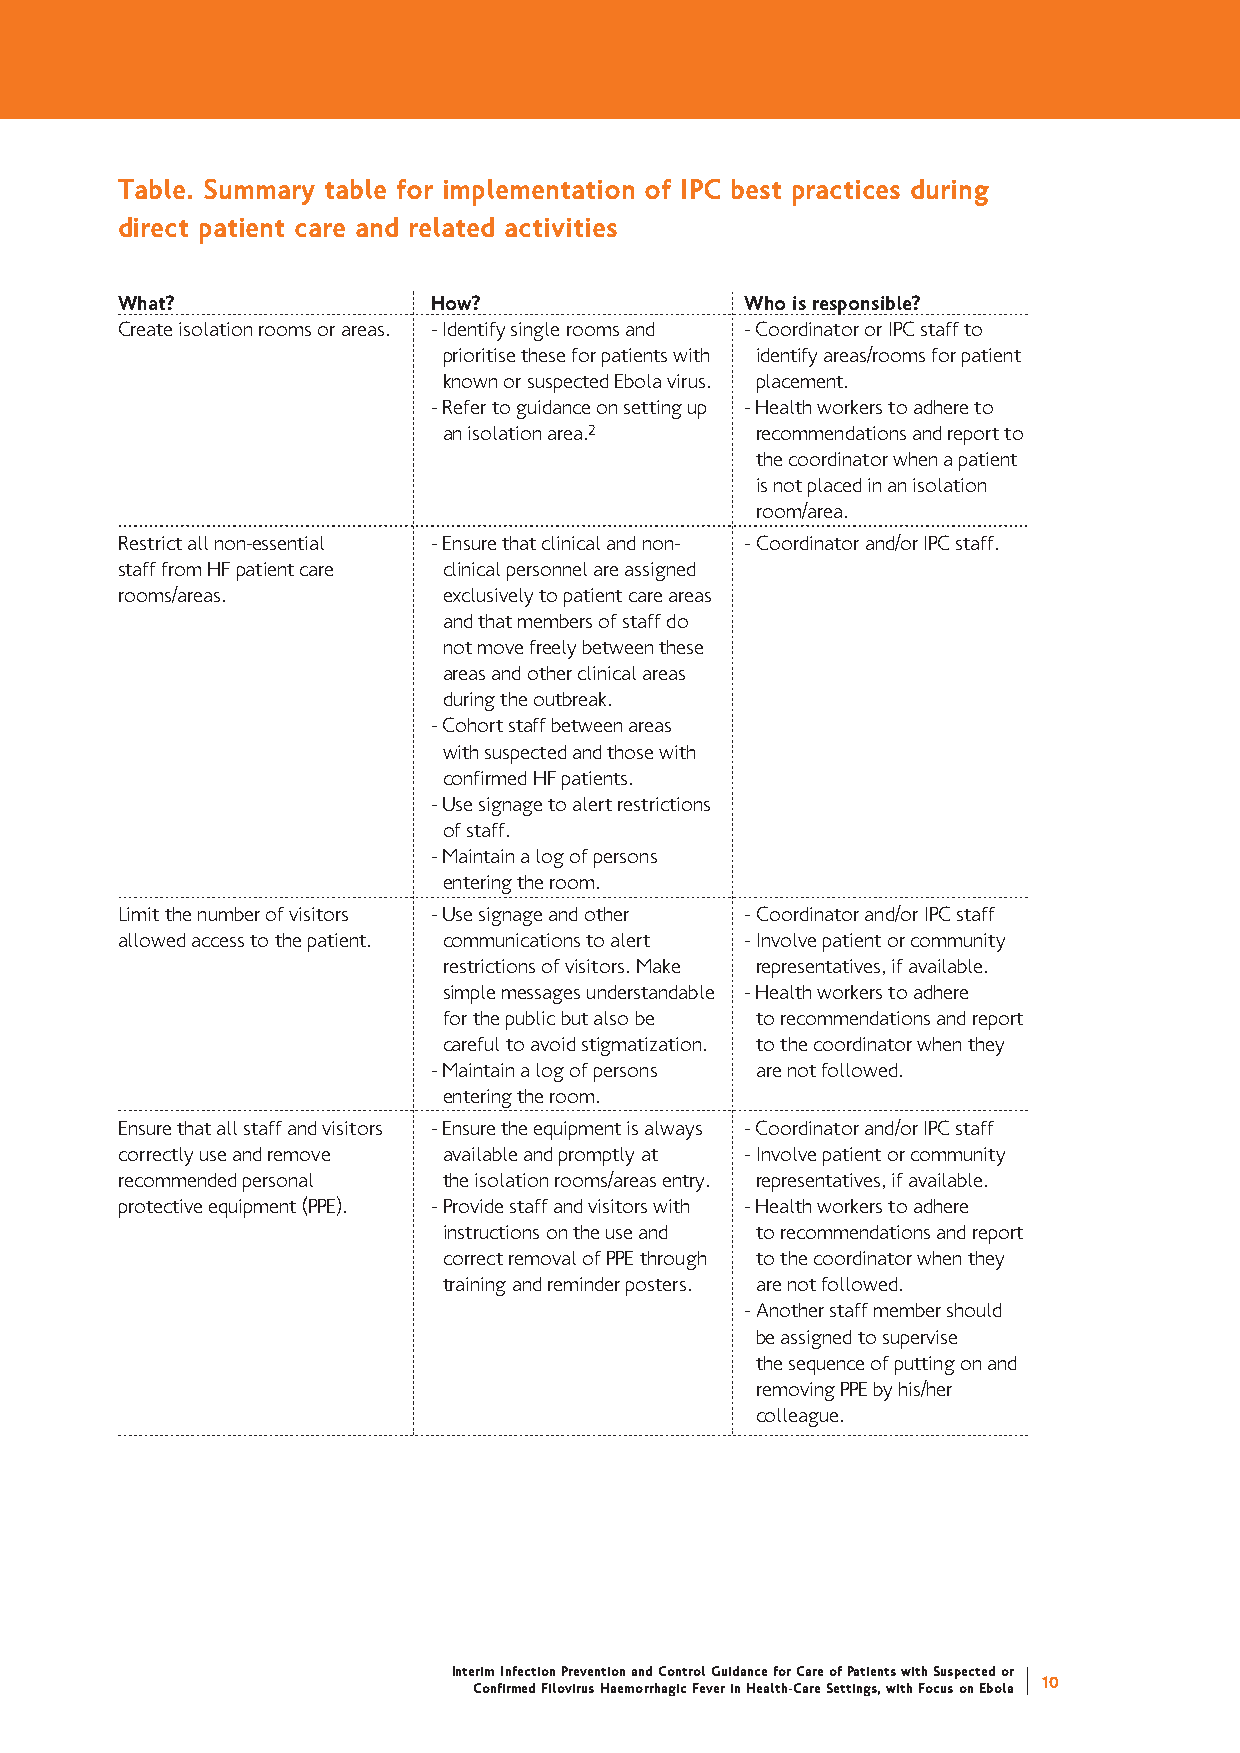
Table. Summary table for implementation of IPC best practices during
 direct patient care and related activities
 What?                How?                Who is responsible?
 Create isolation rooms or areas. - Identify single rooms and - Coordinator or IPC staff to
 prioritise these for patients with identify areas/rooms for patient
 known or suspected Ebola virus. placement.
 - Refer to guidance on setting up - Health workers to adhere to
 an isolation area.2  recommendations and report to
 the coordinator when a patient
 is not placed in an isolation
 room/area.
 Restrict all non-essential - Ensure that clinical and non- - Coordinator and/or IPC staff.
 staff from HF patient care clinical personnel are assigned
 rooms/areas.         exclusively to patient care areas
 and that members of staff do
 not move freely between these
 areas and other clinical areas
 during the outbreak.
 - Cohort staff between areas
 with suspected and those with
 confirmed HF patients.
 - Use signage to alert restrictions
 of staff.
 - Maintain a log of persons
 entering the room.
 Limit the number of visitors - Use signage and other - Coordinator and/or IPC staff
 allowed access to the patient. communications to alert - Involve patient or community
 restrictions of visitors. Make representatives, if available.
 simple messages understandable - Health workers to adhere
 for the public but also be to recommendations and report
 careful to avoid stigmatization. to the coordinator when they
 - Maintain a log of persons are not followed.
 entering the room.
 Ensure that all staff and visitors - Ensure the equipment is always - Coordinator and/or IPC staff
 correctly use and remove available and promptly at - Involve patient or community
 recommended personal the isolation rooms/areas entry. representatives, if available.
 protective equipment (PPE). - Provide staff and visitors with - Health workers to adhere
 instructions on the use and to recommendations and report
 correct removal of PPE through to the coordinator when they
 training and reminder posters. are not followed.
 - Another staff member should
 be assigned to supervise
 the sequence of putting on and
 removing PPE by his/her
 colleague.
 Interim Infection Prevention and Control Guidance for Care of Patients with Suspected or
 10
 Confirmed Filovirus Haemorrhagic Fever in Health-Care Settings, with Focus on Ebola